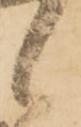
候